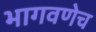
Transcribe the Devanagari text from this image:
भागवणेच